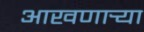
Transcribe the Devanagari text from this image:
आखणार्‍या